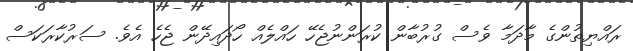
ރައްޔިތުންގެ މާދަމާ ވެސް ގުރުބާން ކުރަންނުޖެހޭ ހައްލެއް ހޯދައިދޭން ޖެހެ އެވެ. ސަރުކާރަކަސް